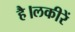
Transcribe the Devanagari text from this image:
है।लकीरें